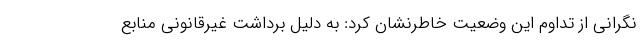
نگرانی از تداوم این وضعیت خاطرنشان کرد: به دلیل برداشت غیرقانونی منابع